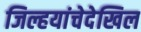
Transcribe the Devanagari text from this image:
जिल्हयांचेदेखिल